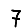
Digit: 7